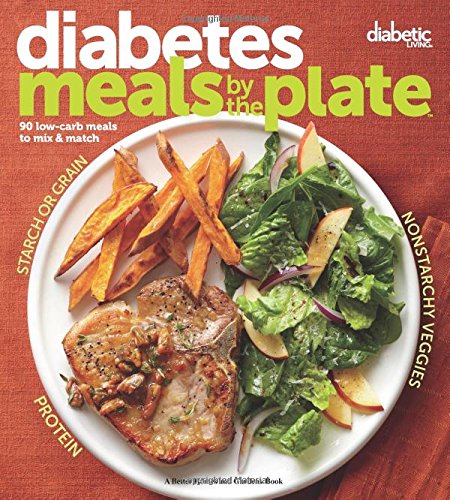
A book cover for Diabetic Living Diabetes Meals by the Plate: 90 Low-Carb Meals to Mix & Match; Diabetic Living Editors; Cookbooks, Food & Wine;